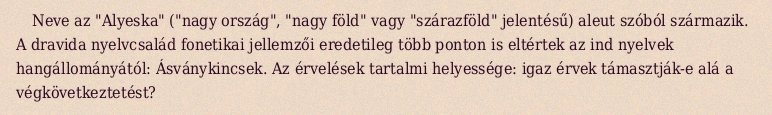
Neve az "Alyeska" ("nagy ország", "nagy föld" vagy "szárazföld" jelentésű) aleut szóból származik. A dravida nyelvcsalád fonetikai jellemzői eredetileg több ponton is eltértek az ind nyelvek hangállományától: Ásványkincsek. Az érvelések tartalmi helyessége: igaz érvek támasztják-e alá a végkövetkeztetést?